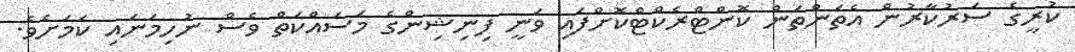
ކުރީގެ ސަރުކާރުން އެތަންތަން ކޮންޓްރެކްޓްކޮށްފައި ވަނީ ފިނިޝިންގެ މަސައްކަތް ވެސް ނުހިމަނައި ކަމަށެވެ.